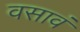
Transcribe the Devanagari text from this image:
वसावं